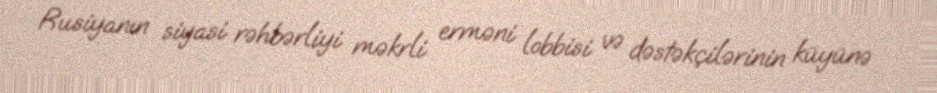
Rusiyanın siyasi rəhbərliyi məkrli erməni lobbisi və dəstəkçilərinin küyünə